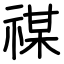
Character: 禖